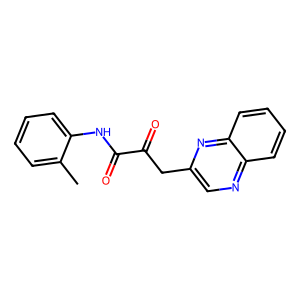
SMILES: Cc1ccccc1NC(=O)C(=O)Cc1cnc2ccccc2n1
Inhibits HIV replication: No